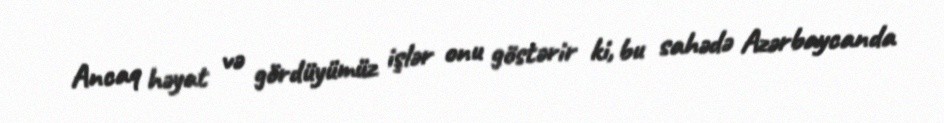
Ancaq həyat və gördüyümüz işlər onu göstərir ki, bu sahədə Azərbaycanda